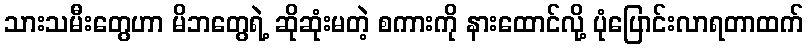
သားသမီးတွေဟာ မိဘတွေရဲ့ ဆိုဆုံးမတဲ့ စကားကို နားထောင်လို့ ပုံပြောင်းလာရတာထက်